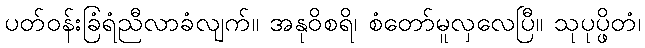
ပတ်ဝန်းခြံရံညီလာခံလျက်။ အနုဝိစရိ၊ စံတော်မူလှလေပြီ။ သုပုပ္ဖိတံ၊